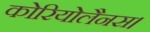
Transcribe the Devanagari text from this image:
कोरियोलैनस।